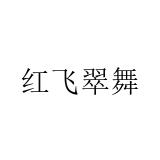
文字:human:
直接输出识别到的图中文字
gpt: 红飞翠舞